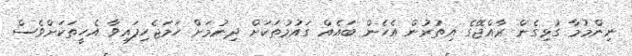
ނިންމުމާ ގުޅިގެން ރާއްޖޭގެ އިތުރުން އެހެން ބައެއް ގައުމުތަކަށް ދިނުމަށް ހަމަޖެހިފައިވާ އެހީތަކަށްވެސް